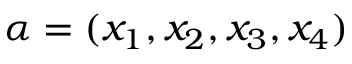
\alpha = ( x _ { 1 } , x _ { 2 } , x _ { 3 } , x _ { 4 } )